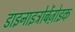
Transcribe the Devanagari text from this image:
डाइनाइट्रोबेंज़ोइक